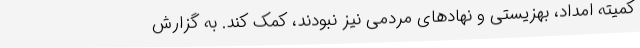
کمیته امداد، بهزیستی و نهادهای مردمی نیز نبودند، کمک کند. به گزارش